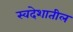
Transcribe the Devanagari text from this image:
स्वदेशातील